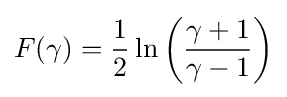
F(\gamma )={\frac {1}{2}}\ln \left({\frac {\gamma +1}{\gamma -1}}\right)